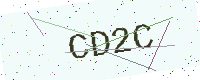
Text: CD2C